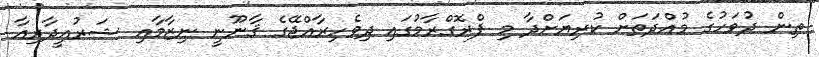
ތިން ދުވަހުގެ މުއްދަތަށް ކުރިޔަށްދާ މި ޕްރޮގްރާމުގައި ދިވެހިރާއްޖޭގެ ޤާނޫނީ ނިޒާމާއި ޝަރުއީދާރިއާ